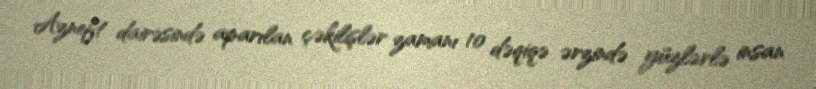
Azneft dairəsində aparılan çəkilişlər zamanı 10 dəqiqə ərzində yüzlərlə insan